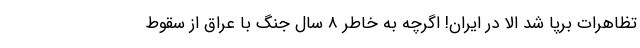
تظاهرات برپا شد الا در ایران! اگرچه به خاطر 8 سال جنگ با عراق از سقوط